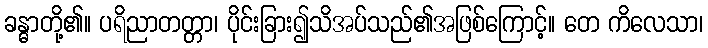
ခန္ဓာတို့၏။ ပရိညာတတ္တာ၊ ပိုင်းခြား၍သိအပ်သည်၏အဖြစ်ကြောင့်။ တေ ကိလေသာ၊